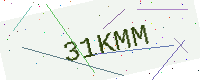
Text: 31KMM